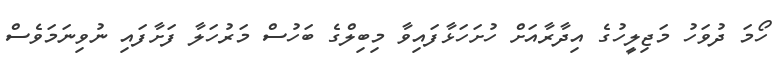
ހޯމަ ދުވަހު މަޖިލީހުގެ އިދާރާއަށް ހުށަހަޅާފައިވާ މިބިލްގެ ބަހުސް މަރުހަލާ ފަށާފައި ނުވިނަމަވެސް